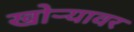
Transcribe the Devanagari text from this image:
खोर्‍यावर